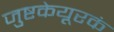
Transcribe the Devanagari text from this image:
जुष्टकेयूरकं